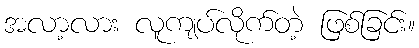
အလာ့လား လူကျပ်လိုက်တဲ့ ဖြစ်ခြင်း။